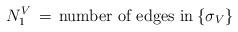
LaTeX: \begin{align*}N_1^V\,=\,\mbox{number of edges in}\:\{\sigma_V\}\end{align*}